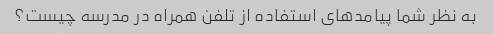
به نظر شما پیامدهای استفاده از تلفن همراه در مدرسه چیست؟